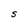
Character: S